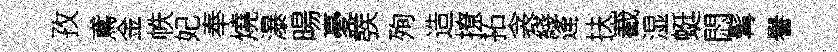
孜鳶金帙妃奉燒瀑暘憂彂殉造撩拓衾綫逄扶嶻湿蜓悶髯譽